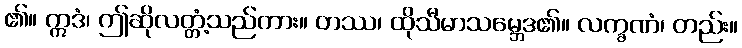
၏။ ဣဒံ၊ ဤဆိုလတ္တံ့သည်ကား။ တဿ၊ ထိုသီမာသမ္ဘေဒ၏။ လက္ခဏံ၊ တည်း။